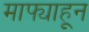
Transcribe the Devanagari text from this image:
माझ्याहून